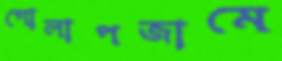
গোলাপজামে